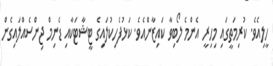
ހީލިއެވެ. ކުރިމަތީގައި މިހިރީ އެންމެ ލޯބިވާ ކައިޒާންއެވެ. ކަޅުފެހިކުލައިގެ ޓީޝާޓަކާއި ޑެނިމް ޖިންސެއްލައިގެން